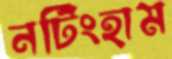
নটিংহাম